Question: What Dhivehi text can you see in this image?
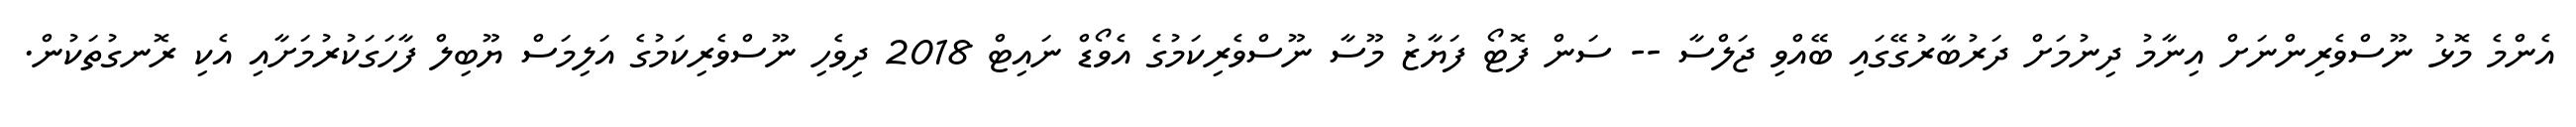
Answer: އެންމެ މޮޅު ނޫސްވެރިންނަށް އިނާމު ދިނުމަށް ދަރުބާރުގޭގައި ބޭއްވި ޖަލްސާ -- ސަން ފޮޓޯ ފަޔާޒު މޫސާ ނޫސްވެރިކަމުގެ އެވޯޑް ނައިޓް 2018 ދިވެހި ނޫސްވެރިކަމުގެ އަލިމަސް ޔޫބިލް ފާހަގަކުރުމަށާއި އެކި ރޮނގުތަކުން.